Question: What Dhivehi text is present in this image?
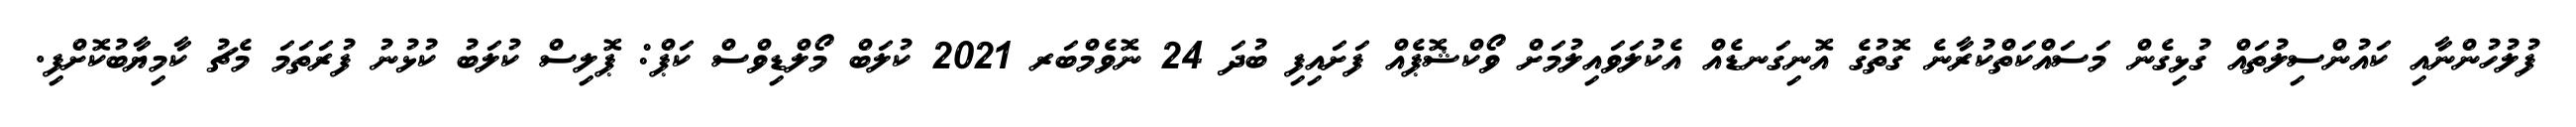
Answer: ފުލުހުންނާއި ކައުންސިލުތައް ގުޅިގެން މަސައްކަތްކުރާނެ ގޮތުގެ އޮނިގަނޑެއް އެކުލަވައިލުމަށް ވޯކްޝޮޕެއް ފަށައިފި ބުދަ 24 ނޮވެމްބަރ 2021 ކުލަބް މޯލްޑިވްސް ކަޕް: ޕޮލިސް ކުލަބު ކުޅުނު ފުރަތަމަ މެޗު ކާމިޔާބުކޮށްފި.